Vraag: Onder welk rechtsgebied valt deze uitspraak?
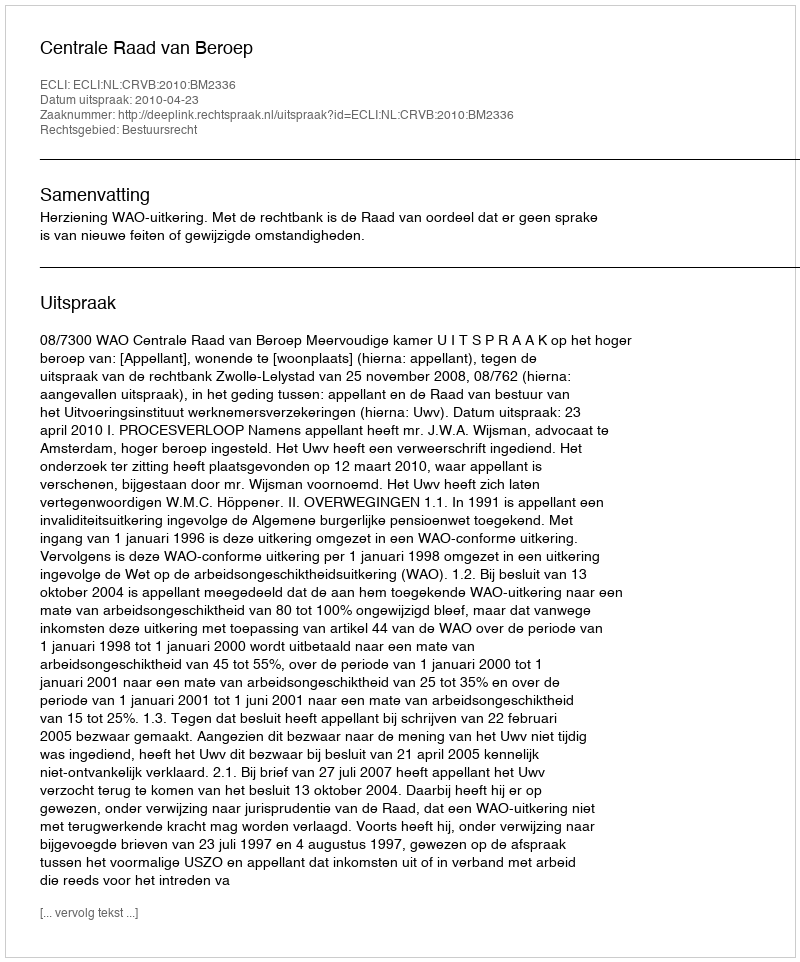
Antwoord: Bestuursrecht